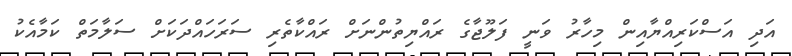
އަދި އަސްކަރިއްޔާއިން މިހާރު ވަނީ ފަލޫޖާގެ ރައްޔިތުންނަށް ރައްކާތެރި ސަރަހައްދަކަށް ސަލާމަތް ކަމާއެކު